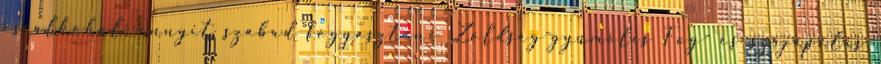
és alkohol: ennyit szabad fogyasztani Zöldség-gyümölcs Fog- és szájápolás